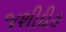
જશીદીહ